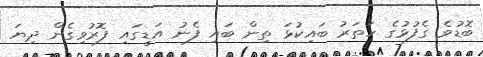
ބޮޑުވެ ގެފުޅުގެ ހަތަރު ބައިކުޅަ ތިން ބައި ފެނު އަޑީގައި ފޮރުވިގެން ދިޔަ